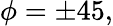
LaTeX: \phi=\pm 45,